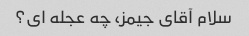
سلام آقای جیمز، چه عجله ای؟